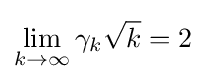
\lim _{k\to \infty }\gamma _{k}{\sqrt {k}}=2